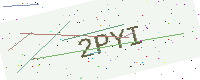
Text: 2PYI